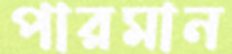
পারমান